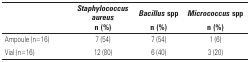
| <ROWSPAN=2>  | Staphylococcus aureus | Bacillus spp | Micrococcus spp |
 | n (%) | n (%) | n (%) |
 | --- | --- | --- | --- |
 | Ampoule (n=16) | 7 (54) | 7 (54) | 1 (6) |
 | Vial (n=16) | 12 (80) | 6 (40) | 3 (20) |